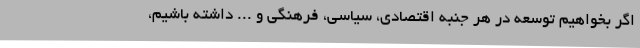
اگر بخواهیم توسعه در هر جنبه اقتصادی، سیاسی، فرهنگی و ... داشته باشیم،